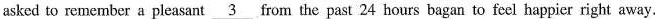
asked to remember a pleasant \underline{3}from the past 24 hours bagan to feel happier right away.